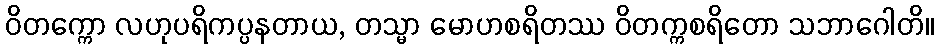
ဝိတက္ကော လဟုပရိကပ္ပနတာယ, တသ္မာ မောဟစရိတဿ ဝိတက္ကစရိတော သဘာဂေါတိ။